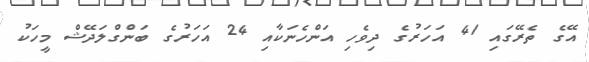
އޭގެ ތެރޭގައި 41 އަހަރުގެ ދިވެހި އަންހެނަކާއި 24 އަހަރުގެ ބަންގްލަދޭޝް މީހަކު